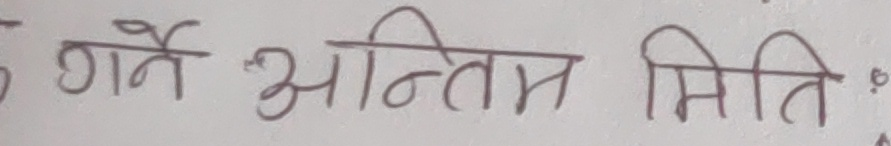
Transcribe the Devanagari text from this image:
गर्ने अन्तिम मिति :